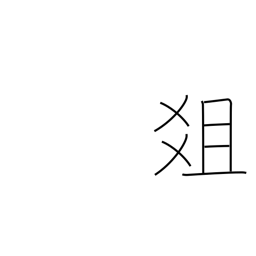
Meaning: altar of sacrifice